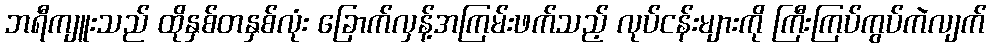
ဘရီကျူးသည် ထိုနှစ်တနှစ်လုံး ခြောက်လှန့်အကြမ်းဖက်သည့် လုပ်ငန်းများကို ကြီးကြပ်ကွပ်ကဲလျက်